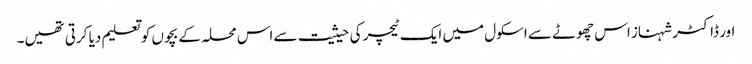
اور ڈاکٹر شہناز اس چھوٹے سے اسکول میں ایک ٹیچر کی حیثیت سے اس محلہ کے بچوں کو تعلیم دیا کرتی تھیں۔